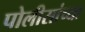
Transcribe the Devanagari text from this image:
पोलीसांच्या